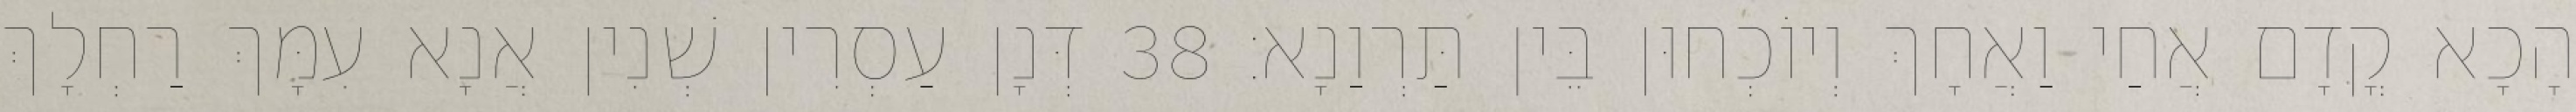
הָכָא קֳדָם אֲחַי וַאֲחָךְ וְיוֹכְחוּן בֵּין תַּרְוַנָא׃ 38 דְּנָן עַסְרִין שְׁנִין אֲנָא עִמָּךְ רַחְלָךְ